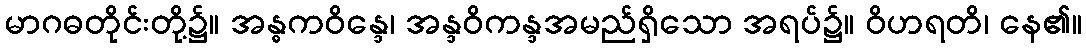
မာဂဓတိုင်းတို့၌။ အန္ဓကဝိန္ဒေ၊ အန္ဒဝိကန္ဒအမည်ရှိသော အရပ်၌။ ဝိဟရတိ၊ နေ၏။